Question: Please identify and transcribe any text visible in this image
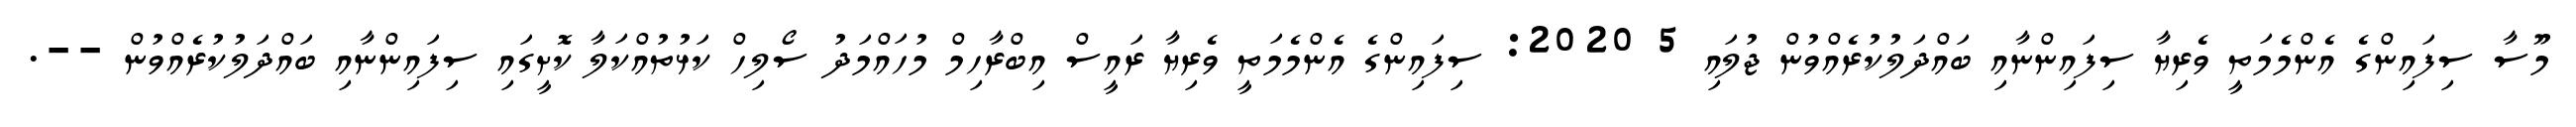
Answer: މޫސާ ސިފައިންގެ އެންމެމަތީ ވެރިޔާ ސިފައިންނާއި ބައްދަލުކުރެއްވުން ޖުލައި 5 2020: ސިފައިންގެ އެންމެމަތީ ވެރިޔާ ރައީސް އިބްރާހިމް މުހައްމަދު ސޯލިހް ކަޅުތުއްކަލާ ކޮށީގައި ސިފައިންނާއި ބައްދަލުކުރެއްވުން --.